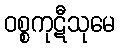
ဝစ္စကုဋီသုမေ